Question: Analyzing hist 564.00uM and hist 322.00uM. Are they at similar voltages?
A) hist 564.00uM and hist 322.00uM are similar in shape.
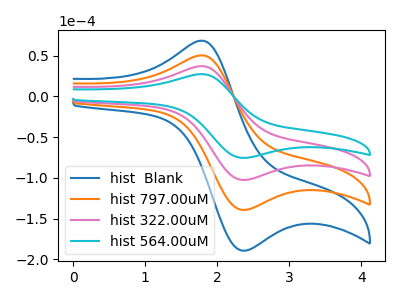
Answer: <think>The blue curve "hist  Blank" has an anodic peak at (1.75V, 110.70uA) and a cathodic peak at (2.40V, -307.40uA). The orange curve "hist 797.00uM" has an anodic peak at (1.75V, 73.80uA) and a cathodic peak at (2.40V, -204.95uA). The pink curve "hist 322.00uM" has an anodic peak at (1.75V, 36.90uA) and a cathodic peak at (2.40V, -102.45uA). The cyan curve "hist 564.00uM" has an anodic peak at (1.75V, 27.15uA) and a cathodic peak at (2.40V, -75.45uA).
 All the peaks in "hist 564.00uM" have a peak in "hist 322.00uM" at the same potential. Every peak in "hist 564.00uM" is lower than every peak in "hist 322.00uM".</think>
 <answer>A) "hist 564.00uM" and "hist 322.00uM" are similar in shape.</answer>
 <eval>A</eval>